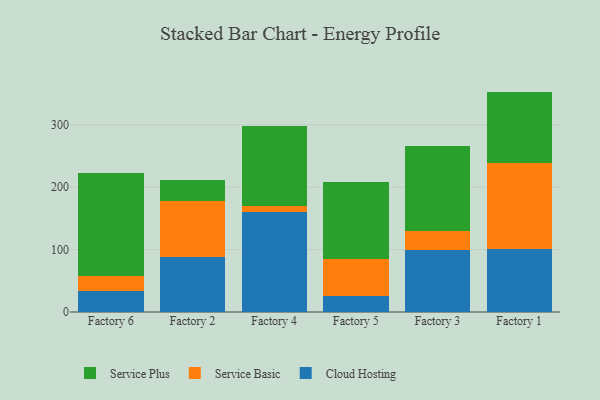
{"axis": {"x": "Factory", "y": "Gross Profit (USD K)"}, "legend": ["Cloud Hosting", "Service Basic", "Service Plus"], "data": [{"x": "Factory 6", "y": 33.7, "type": "Cloud Hosting"}, {"x": "Factory 6", "y": 23.8, "type": "Service Basic"}, {"x": "Factory 6", "y": 164.6, "type": "Service Plus"}, {"x": "Factory 2", "y": 87.8, "type": "Cloud Hosting"}, {"x": "Factory 2", "y": 89.5, "type": "Service Basic"}, {"x": "Factory 2", "y": 34.0, "type": "Service Plus"}, {"x": "Factory 4", "y": 159.6, "type": "Cloud Hosting"}, {"x": "Factory 4", "y": 9.9, "type": "Service Basic"}, {"x": "Factory 4", "y": 128.7, "type": "Service Plus"}, {"x": "Factory 5", "y": 26.4, "type": "Cloud Hosting"}, {"x": "Factory 5", "y": 58.5, "type": "Service Basic"}, {"x": "Factory 5", "y": 123.6, "type": "Service Plus"}, {"x": "Factory 3", "y": 100.1, "type": "Cloud Hosting"}, {"x": "Factory 3", "y": 30.1, "type": "Service Basic"}, {"x": "Factory 3", "y": 136.1, "type": "Service Plus"}, {"x": "Factory 1", "y": 101.2, "type": "Cloud Hosting"}, {"x": "Factory 1", "y": 138.3, "type": "Service Basic"}, {"x": "Factory 1", "y": 113.8, "type": "Service Plus"}]}